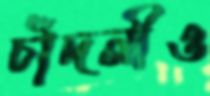
চাঁদনীও